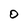
Character: O